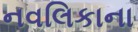
નવલિકાના